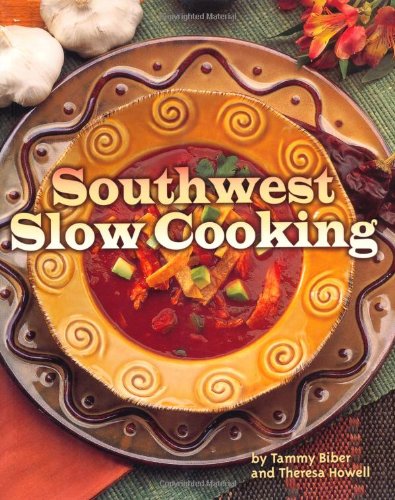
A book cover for Southwest Slow Cooking; Tammy Biber; Cookbooks, Food & Wine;